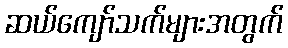
ဆယ်ကျော်သက်များအတွက်